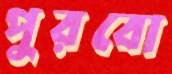
পুরবো